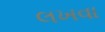
લખવા